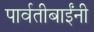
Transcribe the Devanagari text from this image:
पार्वतीबाईंनी